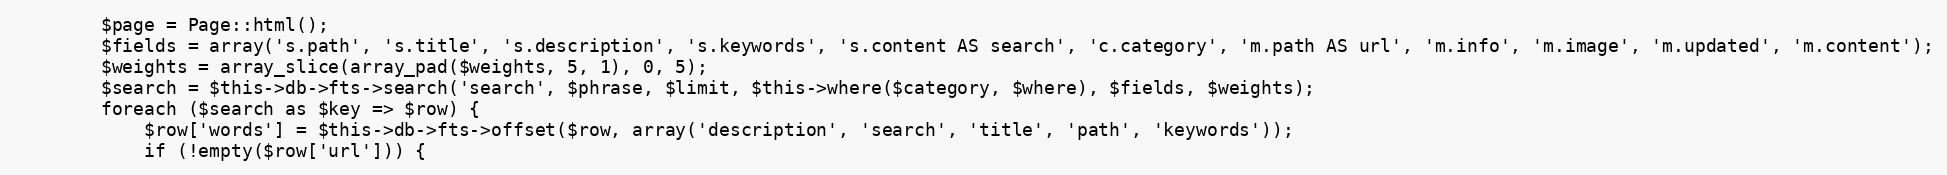
Language: PHP
        $page = Page::html();
        $fields = array('s.path', 's.title', 's.description', 's.keywords', 's.content AS search', 'c.category', 'm.path AS url', 'm.info', 'm.image', 'm.updated', 'm.content');
        $weights = array_slice(array_pad($weights, 5, 1), 0, 5);
        $search = $this->db->fts->search('search', $phrase, $limit, $this->where($category, $where), $fields, $weights);
        foreach ($search as $key => $row) {
            $row['words'] = $this->db->fts->offset($row, array('description', 'search', 'title', 'path', 'keywords'));
            if (!empty($row['url'])) {